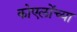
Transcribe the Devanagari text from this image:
कोएलोंच्या